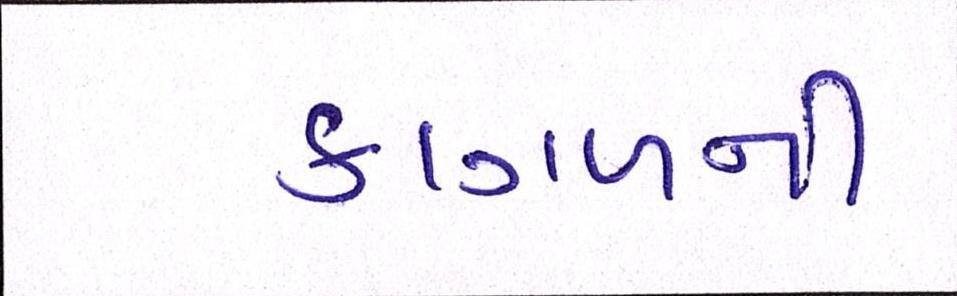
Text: કાગળની